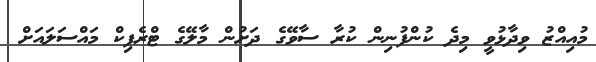
މުއިއްޒު ވިދާޅުވީ މިދެ ކުންފުނިން ކުރާ ސާވޭގެ ދަށުން މާލޭގެ ޓްރެފިކް މައްސަލައަށް